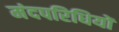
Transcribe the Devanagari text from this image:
मंदपरिधियों